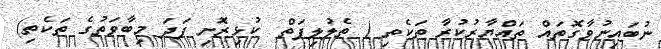
ނުބައިނުވާގޮތައް ތައްޔާރުކުރާ ތަކެތި ( ތެލުލިފަތް  ކުޅިރޮށި ފަދަ މިބާވަތުގެ ތަކެތި)